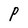
Character: P